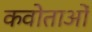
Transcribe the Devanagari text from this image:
कवोताओं